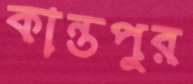
কান্তপুর